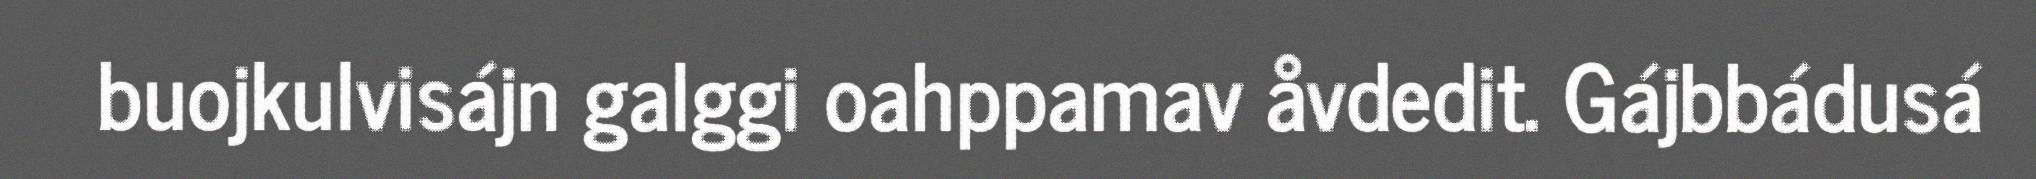
buojkulvisájn galggi oahppamav åvdedit. Gájbbádusá